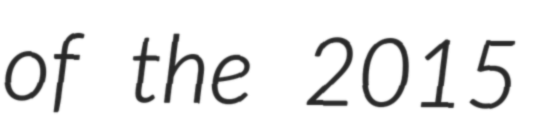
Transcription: of the 2015